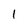
Character: 1